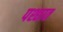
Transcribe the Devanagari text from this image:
पश्छात